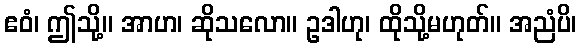
ဧဝံ၊ ဤသို့။ အာဟ၊ ဆိုသလော။ ဥဒါဟု၊ ထိုသို့မဟုတ်။ အညံပိ၊